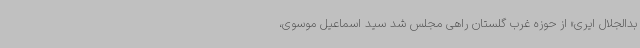
بدالجلال ایری» از حوزه غرب گلستان راهی مجلس شد سید اسماعیل موسوی،